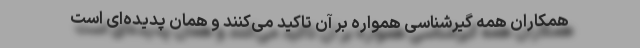
همکاران همه گیرشناسی همواره بر آن تاکید می‌کنند و همان پدیده‌ای است